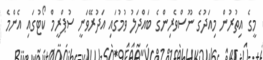
މީގެ އިތުރުން މިއަދުގެ ނޫސްވެރިންގެ ބައްދަލު ވުމުގައި އަދުރޭވަނީ ސުޕްރީމް ކޯޓުގައި އެންމެ